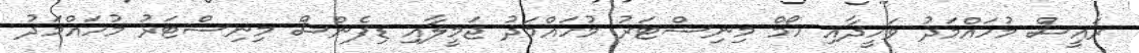
ރައީސް މުހައްމަދު ވަހީދާއި ހޯމް މިނިސްޓަރު މުހައްމަދު ޖަމީލާއި ޑިފެންސް މިނިސްޓަރު މުހައްމަދު